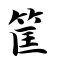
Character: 筐